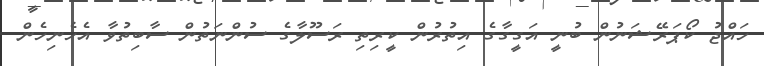
ހައްޖު ކޯޕަރޭޝަނުން ބުނީ އަގީގާގެ އިތުރުން ކީރިތި ރަސޫލާގެ ސުންނަތުން ސާބިތުވާ އެހެނިހެން